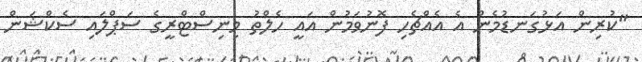
"ކުރިން އަޅުގަނޑުމެން އެ އެއްޗެހި ފޮނުވަމުން އައީ ހެލްތު މިނިސްޓްރީގެ ސަޕްލައި ސެކްޝަން